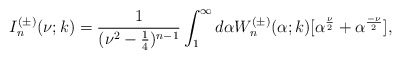
\begin{align*}I^{(\pm)}_n(\nu;k)=\frac{1}{(\nu^2-\frac{1}{4})^{n-1}}\int_{1}^{\infty}d\alpha W^{(\pm)}_n(\alpha;k)[\alpha^{\frac{\nu}{2}}+\alpha^{\frac{-\nu}{2}}],\end{align*}